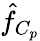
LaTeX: \hat{f}_{C_{p}}